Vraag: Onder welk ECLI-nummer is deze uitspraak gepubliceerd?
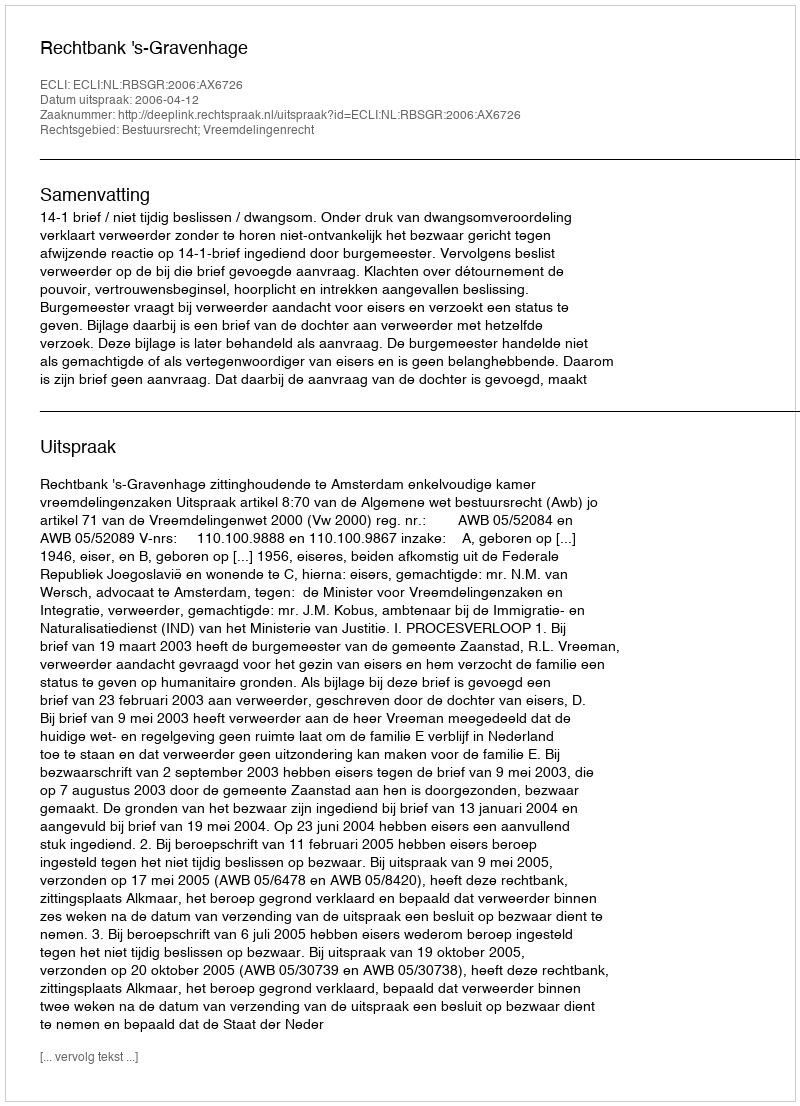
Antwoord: ECLI:NL:RBSGR:2006:AX6726